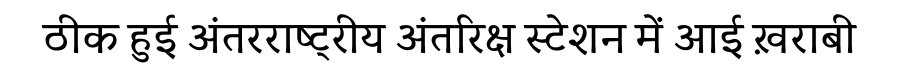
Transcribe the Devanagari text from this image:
ठीक हुई अंतरराष्ट्रीय अंतरिक्ष स्टेशन में आई ख़राबी